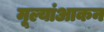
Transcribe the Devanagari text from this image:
मूल्यांआकन